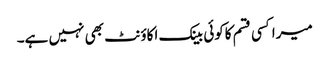
میراکسی قسم کاکوئی بینک اکاؤنٹ بھی نہیں ہے۔